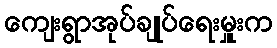
ကျေးရွာအုပ်ချုပ်ရေးမှူးက